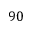
9 0